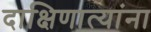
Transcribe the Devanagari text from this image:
दाक्षिणात्यांना